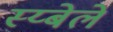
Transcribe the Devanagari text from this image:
स्य्बेले